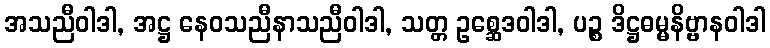
အသညီဝါဒါ, အဋ္ဌ နေဝသညီနာသညီဝါဒါ, သတ္တ ဥစ္ဆေဒဝါဒါ, ပဉ္စ ဒိဋ္ဌဓမ္မနိဗ္ဗာနဝါဒါ